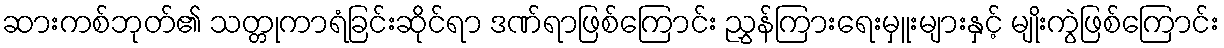
ဆားကစ်ဘုတ်၏ သတ္တုကာရံခြင်းဆိုင်ရာ ဒဏ်ရာဖြစ်ကြောင်း ညွှန်ကြားရေးမှူးများနှင့် မျိုးကွဲဖြစ်ကြောင်း